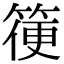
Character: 箯